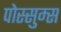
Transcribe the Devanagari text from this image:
पोस्सुम्स